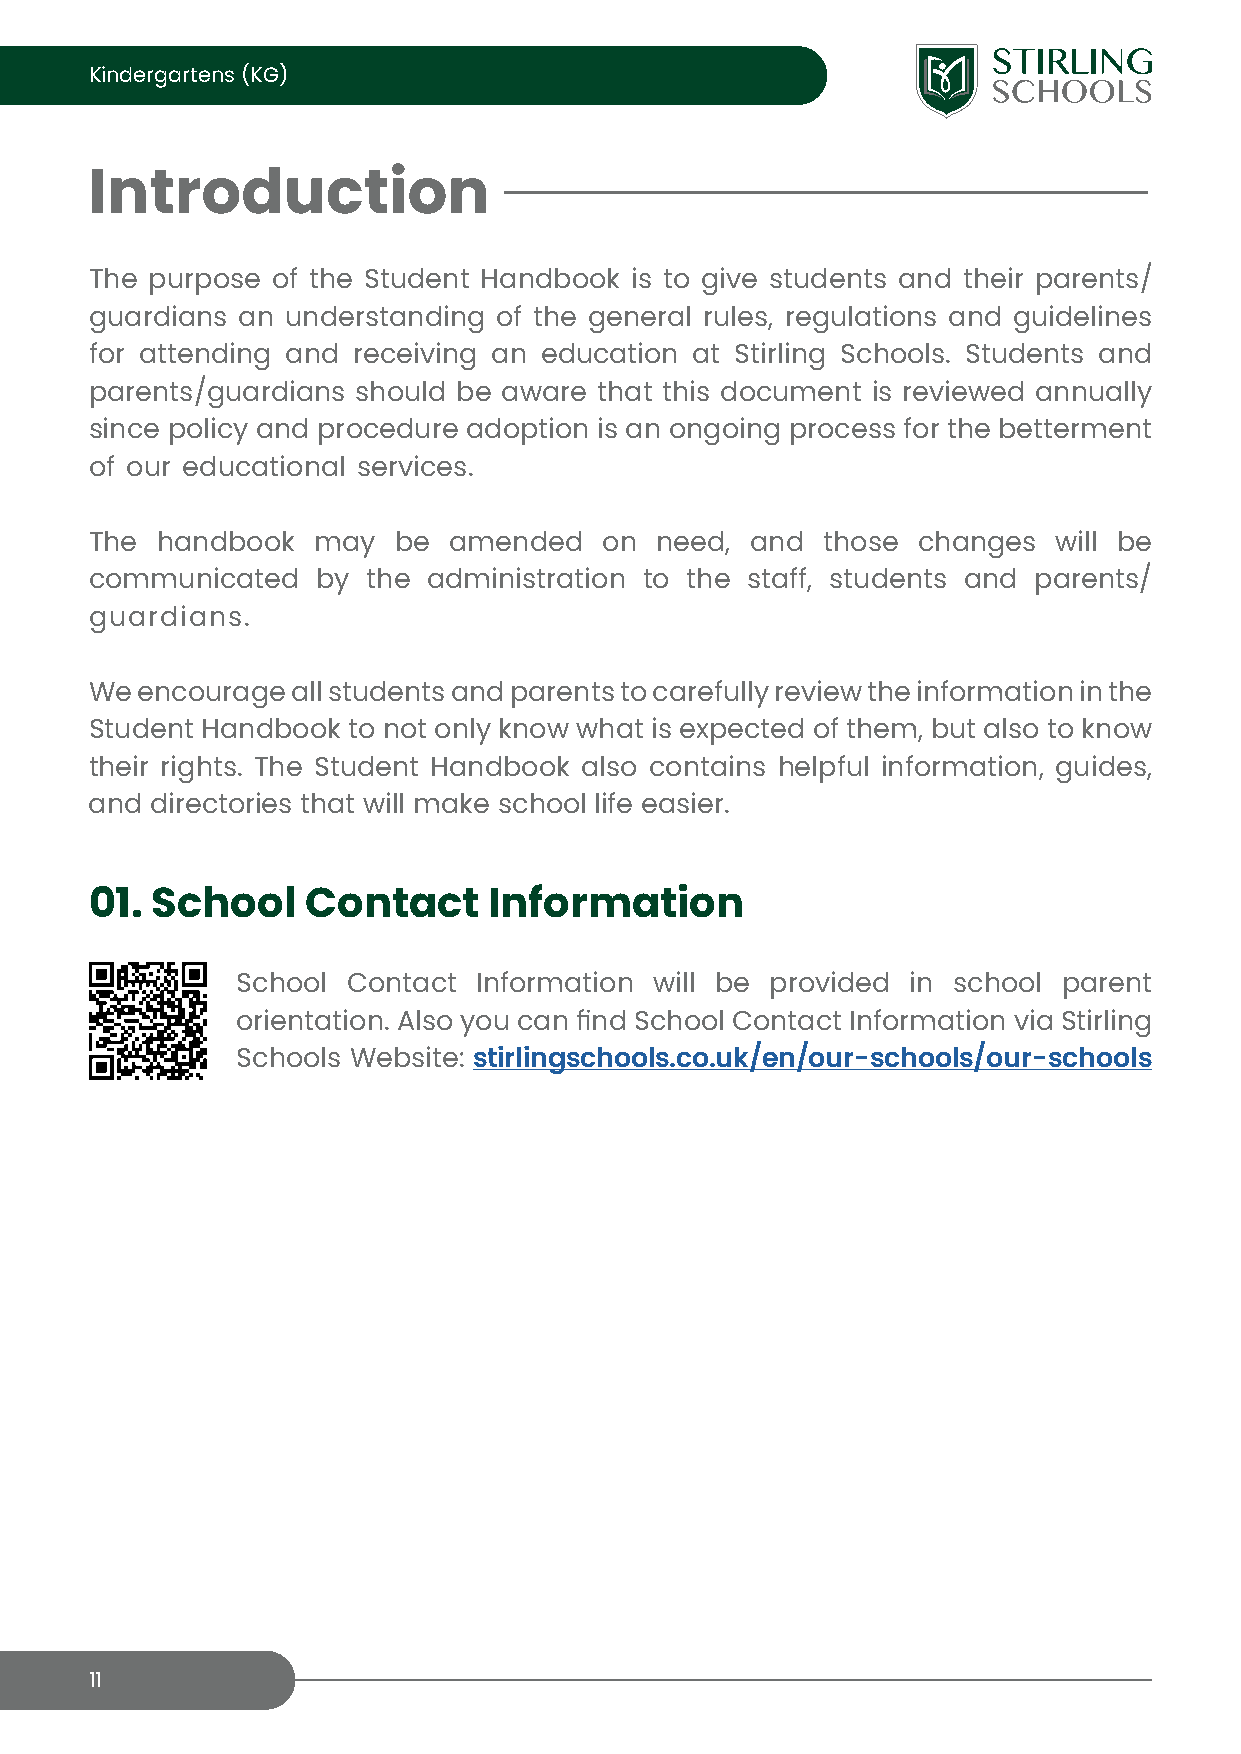
Kindergartens (KG)
 Introduction
 The purpose of the Student Handbook is to give students and their parents/
 guardians an understanding of the general rules, regulations and guidelines
 for attending and receiving an education at Stirling Schools. Students and
 parents/guardians should be aware that this document is reviewed annually
 since policy and procedure adoption is an ongoing process for the betterment
 of our educational services.
 The handbook   may  be  amended   on need,  and those  changes  will be
 communicated   by the administration to the staff, students and parents/
 guardians.
 We encourage all students and parents to carefully review the information in the
 Student Handbook to not only know what is expected of them, but also to know
 their rights. The Student Handbook also contains helpful information, guides,
 and directories that will make school life easier.
 01. School    Contact     Information
 School Contact  Information will be provided in school parent
 orientation. Also you can find School Contact Information via Stirling
 Schools Website: stirlingschools.co.uk/en/our-schools/our-schools
 11